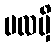
မလမှိ